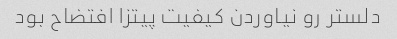
دلستر رو نیاوردن کیفیت پیتزا افتضاح بود